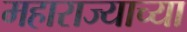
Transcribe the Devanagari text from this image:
महाराज्याच्या